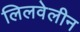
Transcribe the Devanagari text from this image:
लिलवेलीन